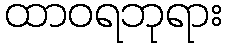
ထာဝရဘုရား